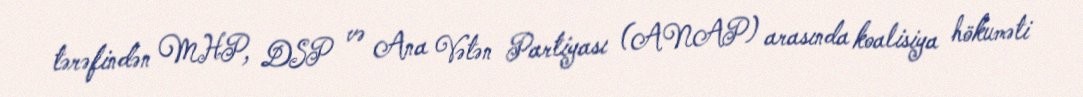
tərəfindən MHP, DSP və Ana Vətən Partiyası (ANAP) arasında koalisiya hökuməti